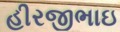
હીરજીભાઇ